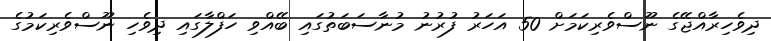
ދިވެހިރާއްޖޭގެ ނޫސްވެރިކަމަށް 50 އަހަރު ފުރުނު މުނާސަބަތުގައި ބޭއްވި ހަފްލާގައި ދިވެހި ނޫސްވެރިކަމުގެ